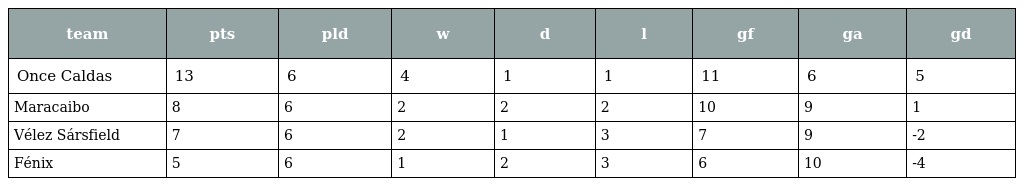
| team | pts | pld | w | d | l | gf | ga | gd |
 | --- | --- | --- | --- | --- | --- | --- | --- | --- |
 | Once Caldas | 13 | 6 | 4 | 1 | 1 | 11 | 6 | 5 |
 | Maracaibo | 8 | 6 | 2 | 2 | 2 | 10 | 9 | 1 |
 | Vélez Sársfield | 7 | 6 | 2 | 1 | 3 | 7 | 9 | -2 |
 | Fénix | 5 | 6 | 1 | 2 | 3 | 6 | 10 | -4 |